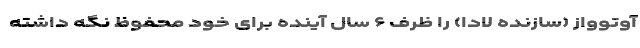
آوتوواز (سازنده لادا) را ظرف ۶ سال آینده برای خود محفوظ نگه داشته